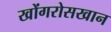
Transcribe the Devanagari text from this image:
खोंगरोसखान